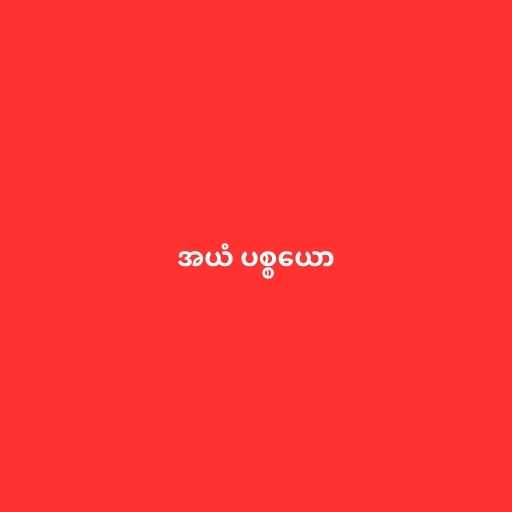
အယံ ပစ္စယော